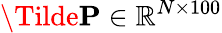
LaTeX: \Tilde{\mathbf{P}}\in\mathbb{R}^{N\times 100}